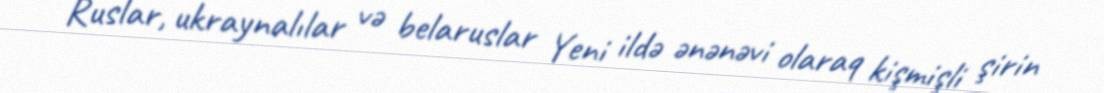
Ruslar, ukraynalılar və belaruslar Yeni ildə ənənəvi olaraq kişmişli şirin